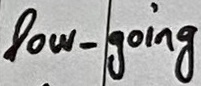
Text: low_going